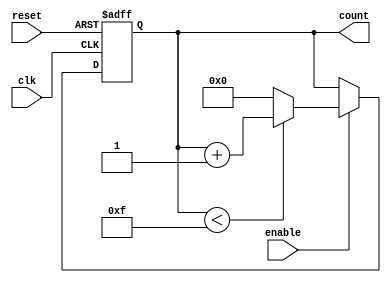
module parameterized_counter #(
    parameter WIDTH = 4,                // Number of bits in the counter
    parameter DIRECTION = "UP",          // Counting direction: "UP" or "DOWN"
    parameter MAX_COUNT = (2**WIDTH - 1) // Maximum count value
)(
    input wire clk,                      // Clock signal
    input wire reset,                    // Asynchronous reset signal
    input wire enable,                   // Enable signal
    output reg [WIDTH-1:0] count        // Current count value
);

    // Internal signal to determine the next count value
    reg [WIDTH-1:0] next_count;

    always @(posedge clk or posedge reset) begin
        if (reset) begin
            count <= 0;                   // Reset the counter to zero
        end else if (enable) begin
            count <= next_count;          // Update the count to the next count value
        end
    end

    always @(*) begin
        // Determine the next count value based on the direction
        if (DIRECTION == "UP") begin
            if (count < MAX_COUNT) begin
                next_count = count + 1;   // Increment the count
            end else begin
                next_count = 0;            // Wrap around to zero
            end
        end else if (DIRECTION == "DOWN") begin
            if (count > 0) begin
                next_count = count - 1;   // Decrement the count
            end else begin
                next_count = MAX_COUNT;    // Wrap around to MAX_COUNT
            end
        end else begin
            next_count = count;            // Hold the current count if direction is invalid
        end
    end

endmodule